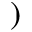
)